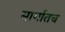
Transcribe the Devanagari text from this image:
मार्गातच